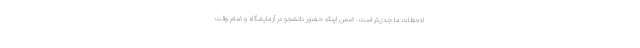
لاحظات ما جدی‌تر است. ضمن اینکه حضور دانشجو در آزمایشگاه و تمام وقت